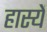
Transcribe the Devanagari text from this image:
हास्यें